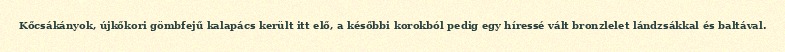
Kőcsákányok, újkőkori gömbfejű kalapács került itt elő, a későbbi korokból pedig egy híressé vált bronzlelet lándzsákkal és baltával.